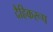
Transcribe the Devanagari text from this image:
दैहिकरूप